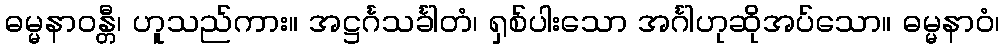
ဓမ္မနာဝန္တီ၊ ဟူသည်ကား။ အဋ္ဌင်္ဂသင်္ခါတံ၊ ရှစ်ပါးသော အင်္ဂါဟုဆိုအပ်သော။ ဓမ္မနာဝံ၊